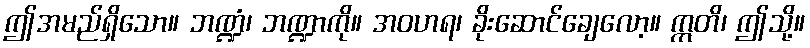
ဤအမည်ရှိသော။ ဘဏ္ဍံ၊ ဘဏ္ဍာကို။ အဝဟရ၊ ခိုးဆောင်ချေလော့။ ဣတိ၊ ဤသို့။